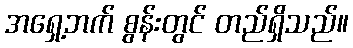
အရှေ့ဘက် စွန်းတွင် တည်ရှိသည်။